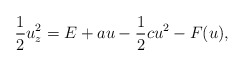
\begin{align*}\frac{1}{2}u_z^2=E+au-\frac{1}{2}cu^2-F(u),\end{align*}